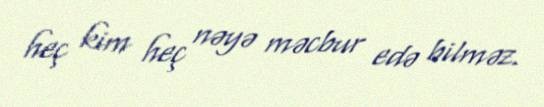
heç kim heç nəyə məcbur edə bilməz.